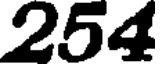
254